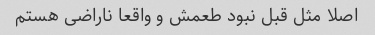
اصلا مثل قبل نبود طعمش و واقعا ناراضی هستم